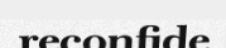
reconfide